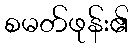
စမတ်ဖုန်း၏